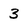
Character: 3